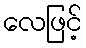
လေဖြင့်